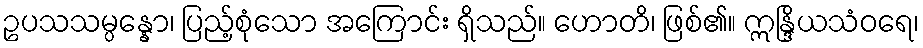
ဥပသသမ္ပန္နော၊ ပြည့်စုံသော အကြောင်း ရှိသည်။ ဟောတိ၊ ဖြစ်၏။ ဣန္ဒြိယသံဝရေ၊